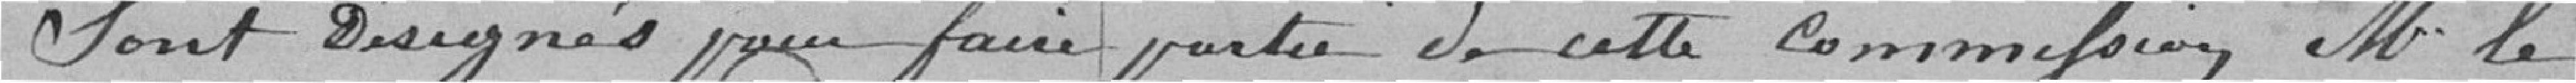
Sont désignés pour faire partie de cette commission M. le